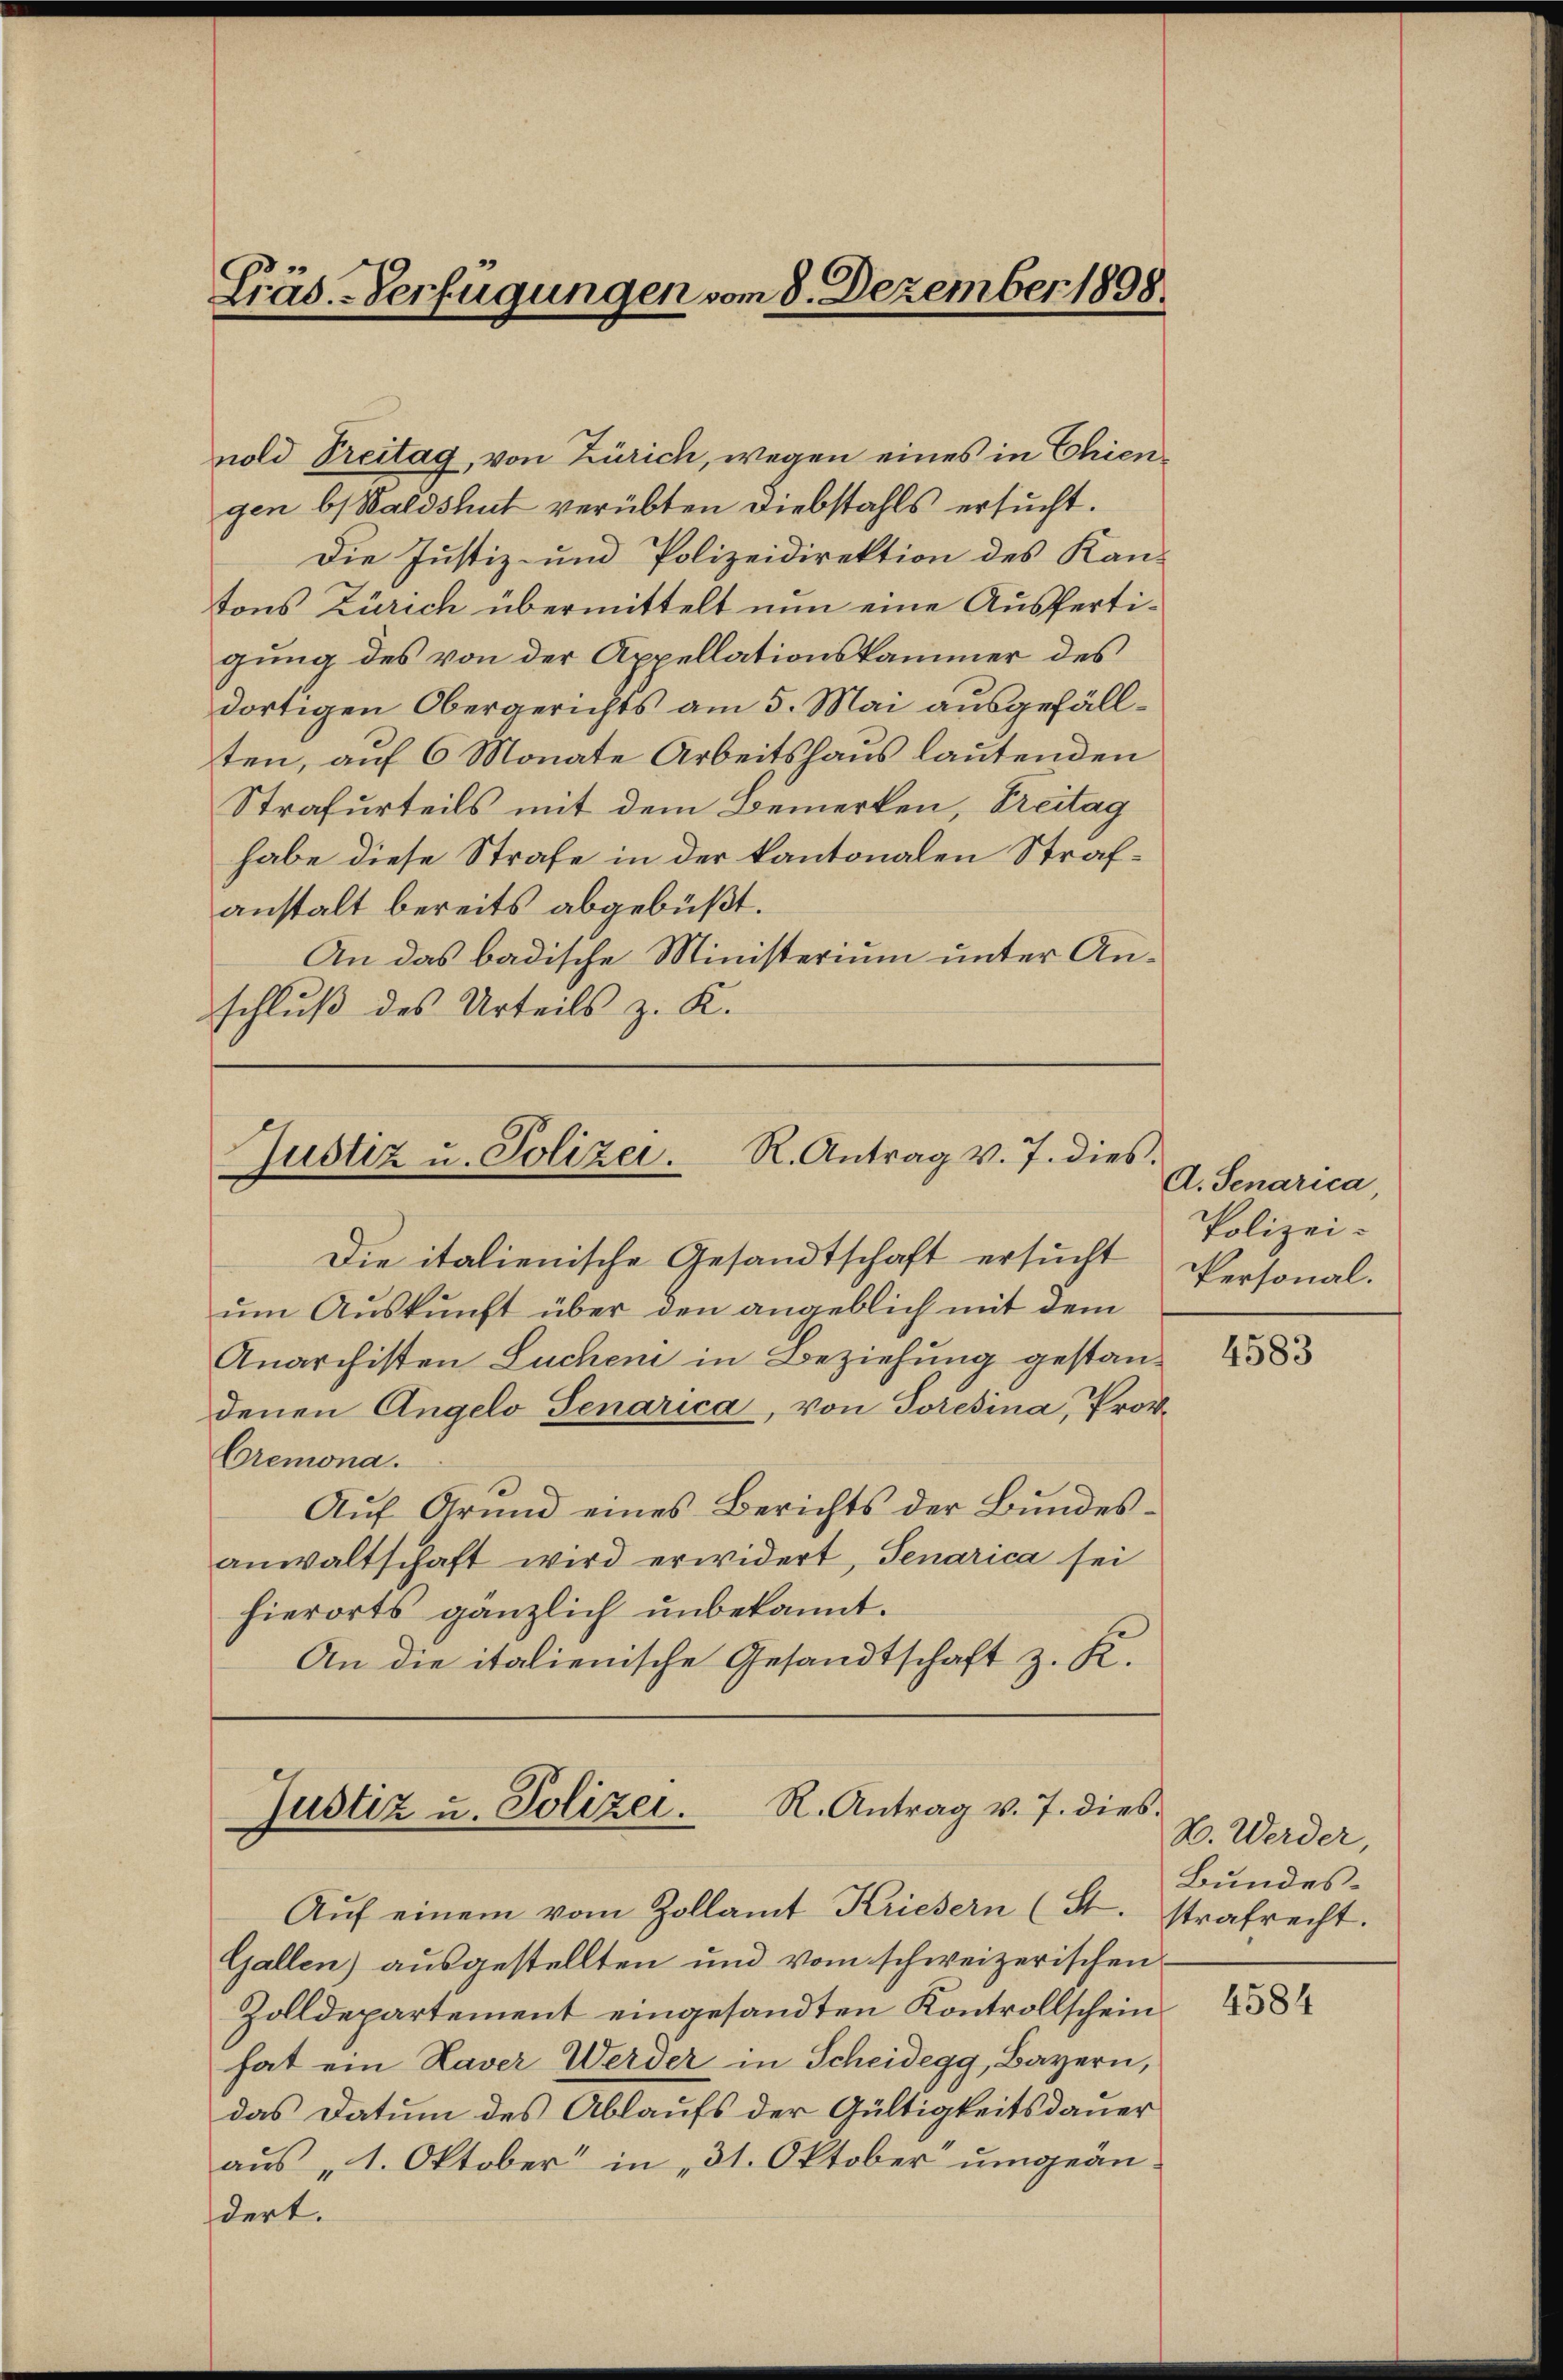
nold Treitag, von Zürich, wegen eines in Chiengen bi Waldshut verübten Diebstahls ersucht.
Die Justiz- und Polizeidirektion des Kan-
tons Zürich übermittelt nun eine Ausfertigung des von der Appellationskammer des
dortigen Obergerichts am 5. Mai ausgefällten, auf 6 Monate Arbeitshaus lautenden
Strafurteils mit dem Bemerken, Freitag
habe diese Strafe in der kantonalen Strafanstalt bereits abgebüßt.
An das badische Ministerium unter Anschluß des Urteils z. K.

Lräs.-Verfügungen vom 8. Dezember 1898.

R. Antrag v. J. dies.
Justiz u. Polizei.

Die italienische Gesandtschaft ersucht
um Auskunft über den angeblich mit dem
Anarchisten Luchen in Beziehung gestandenen Angelo Senarica, von Soresina, Prov.
Cremona.
Auf Grund eines Berichts der Bundesanwaltschaft wird erwidert, Senarica sei
hierorts gänzlich unbekannt.
An die italienische Gesandtschaft z. K.

R. Antrag v. 7. dies
Justiz u. Polizei.

Aŭf einem vom Zollamt Kriesern (St. Strafrecht.
Gallen) ausgestellten und vom schweizerischen
Zolldepartement eingesandten Kontrollschein
hat ein Haver Werver in Scheidegg, Bayern,
das Datum des Ablaufs der Gültigkeitsdauer
aus „1. Oktober in 31. Oktober umgeändert.

d. Senarica,
Polizei-
Personal.

4583

E. Werder,
Bundes¬

4584